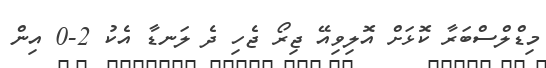
މިޑްލްސްބަރާ ކޮޅަށް އޮލިވިއޭ ޖިރޯ ޖެހި ދެ ލަނޑާ އެކު 2-0 އިން